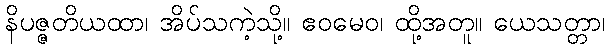
နိပဇ္ဇတိယထာ၊ အိပ်သကဲ့သို့။ ဧဝမေဝ၊ ထို့အတူ။ ယေသတ္တာ၊